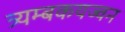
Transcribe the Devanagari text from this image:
त्र्यम्बकयज्वन